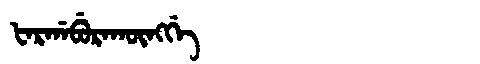
Manchu: ᡶᠠᡵᡤᠠᠪᡠᡵᠠᡴᡡᠩᡤᡝ
Romanization: FARGABURAKŪNGGE